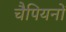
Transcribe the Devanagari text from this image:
चैपियनों